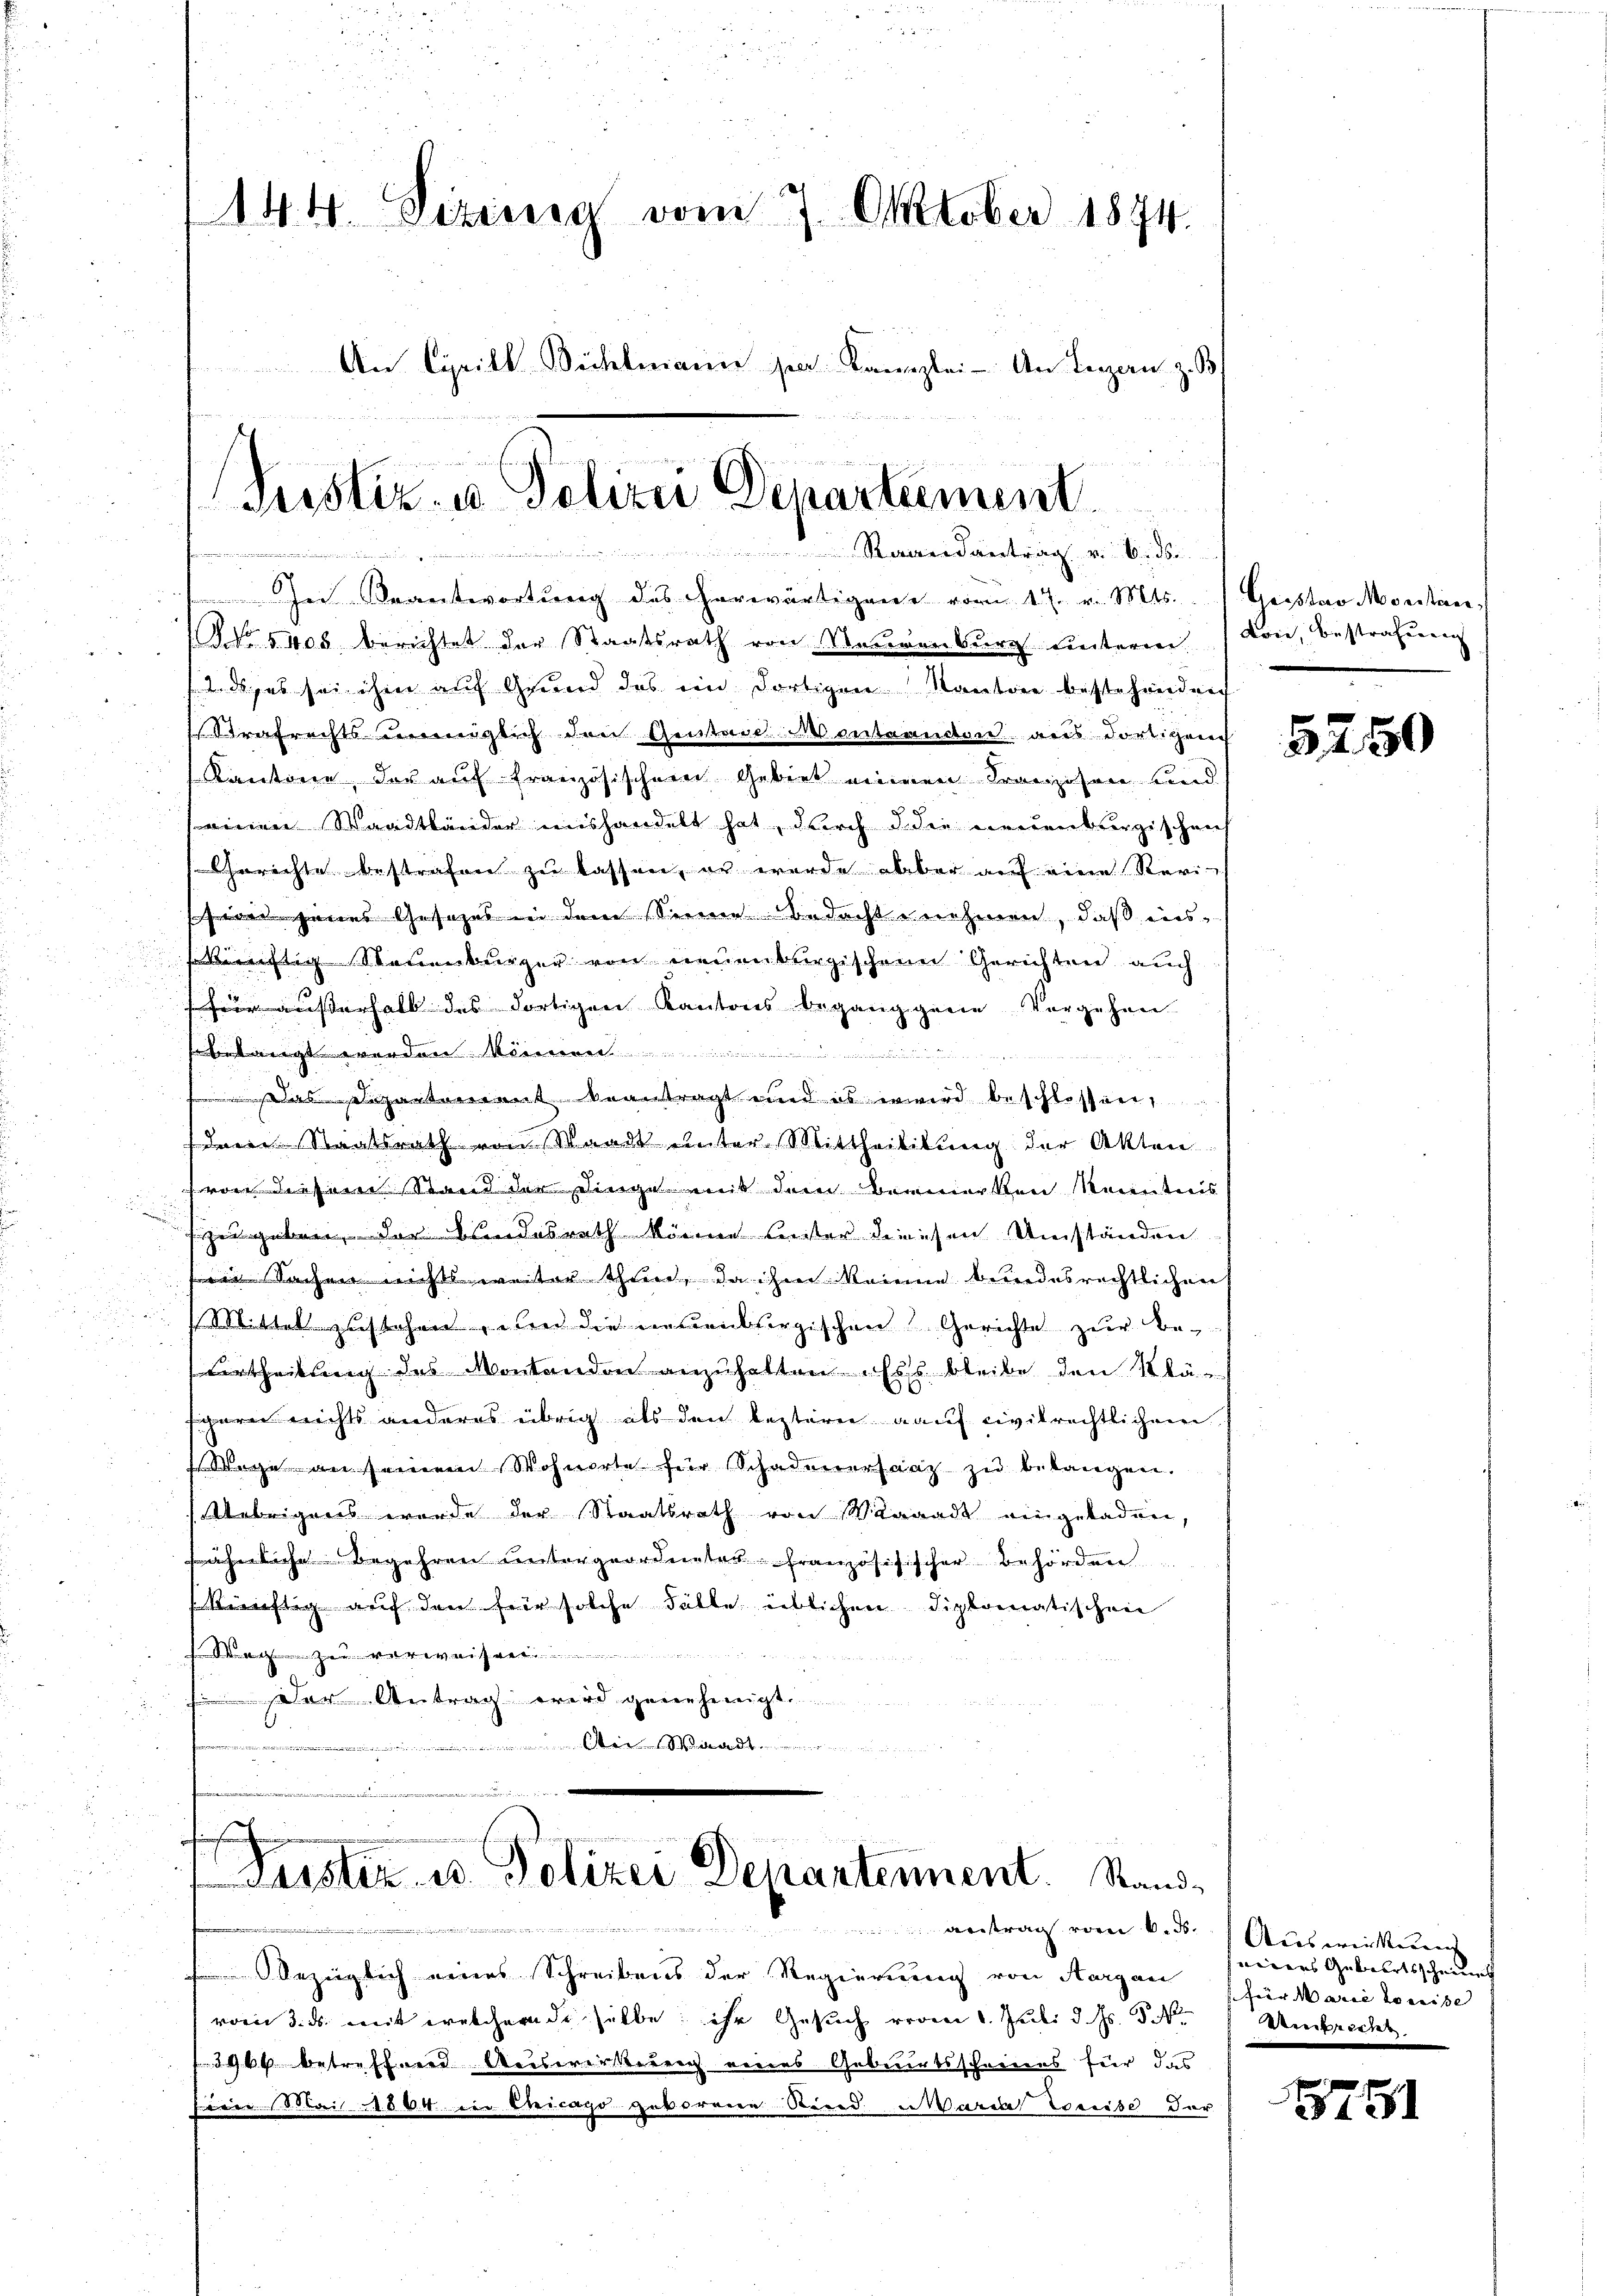
144. Sizinig vom 7. Oktober 1874.
An Cyrill Bichtmann sie Kanzlei- An Lugan z. B

Justiz- u Polizei Departement
.
Raandantrag v. Sid

Iei Beantwortŭng des herwärtigen vom 17. v. Mts. Geister Montan
Fo. § 408, berichtet der Staatsrath von Neuenburg unterm Con, Bestrafung
. pas sei ihm auf Grund des ein dortigen Kantore bestehendung
Strafrechts unmöglich den Gestand Montarector aus dortigen
Kantone, der auf französischem Gebiet einen Franzosen und
einen Waadtländer aushandelt hat, durch d die neuenburgischen
1 Gerichte bestrafen zu lassen, er wurde aber auf eine Revie jenes Gesetzes in dem Sinne bedachte nehmen, daß insfonftig Steuenburger von neuenburgischen Gerichten auch
 außerhalb des dortigen Kantons begang gene Vorgehen
so leitigt werden Minererer

segartement beantragt und es erwird beschlossen,
Den Staatsrath von Waadt unter Mittheiligung der Akten.
von diesem Stand der Dinge mit dem Bemerken Kenntnis
gendesrath könne leister diesen Umständen
 nichts weiter thun, da ihm keinen bundesrechtlichen E
Mittel zustehen geben die einenbergischen Gerichte zur Beeitig des Montanden anzuhalten. Es bleibe den Klägeren nichts anderes übrig als den lezterer Kauf civilrechtlichen
Wege an seinem Wohnorte für Schadenersaaz zu belangen.
Uebrigers wurde der Staatsrath von Waadt eingeladen,
ähnliche Begehren untergeordneter französisischer Behördere
nftig auf den für solche Fälle üblichen Diplomatischen
Weg zu verweisen.
Der Antrag wird genehmigte
.

Puster u. Polizei Departennent. Stand
arestrag vom 6. ds.

bezüglich eines Schreibens der Regierung von Aargau
vom 3. ds. mit ernschernde selbe, ihr Gesuch vom 1. Juli d. Js. N.  Umbrecht.
46 betreffend Ariswerkereich eines Geburtsschreiens für das
ien (S. Mai 1844. die Beilage gebornern Sternd ward Kreise der

5250

Ausweiterung
seiners Geburtsscheines
für Marie voneise

3751